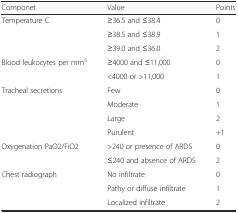
| Componet | Value | Points |
 | --- | --- | --- |
 | Temperature C | ≥36.5 and ≤38.4 | 0 |
 |  | ≥38.5 and ≤38.9 | 1 |
 |  | ≥39.0 and ≤36.0 | 2 |
 | Blood leukocytes per mm3 | ≥4000 and ≤11,000 | 0 |
 |  | <4000 or >11,000 | 1 |
 | Tracheal secretions | Few | 0 |
 |  | Moderate | 1 |
 |  | Large | 2 |
 |  | Purulent | +1 |
 | Oxygenation PaO2/FiO2 | >240 or presence of ARDS | 0 |
 |  | ≤240 and absence of ARDS | 2 |
 | Chest radiograph | No infiltrate | 0 |
 |  | Pathy or diffuse infiltrate | 1 |
 |  | Localized infiltrate | 2 |